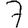
Digit: 7